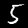
Label: 5